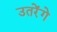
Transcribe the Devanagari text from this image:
उतरेंगे